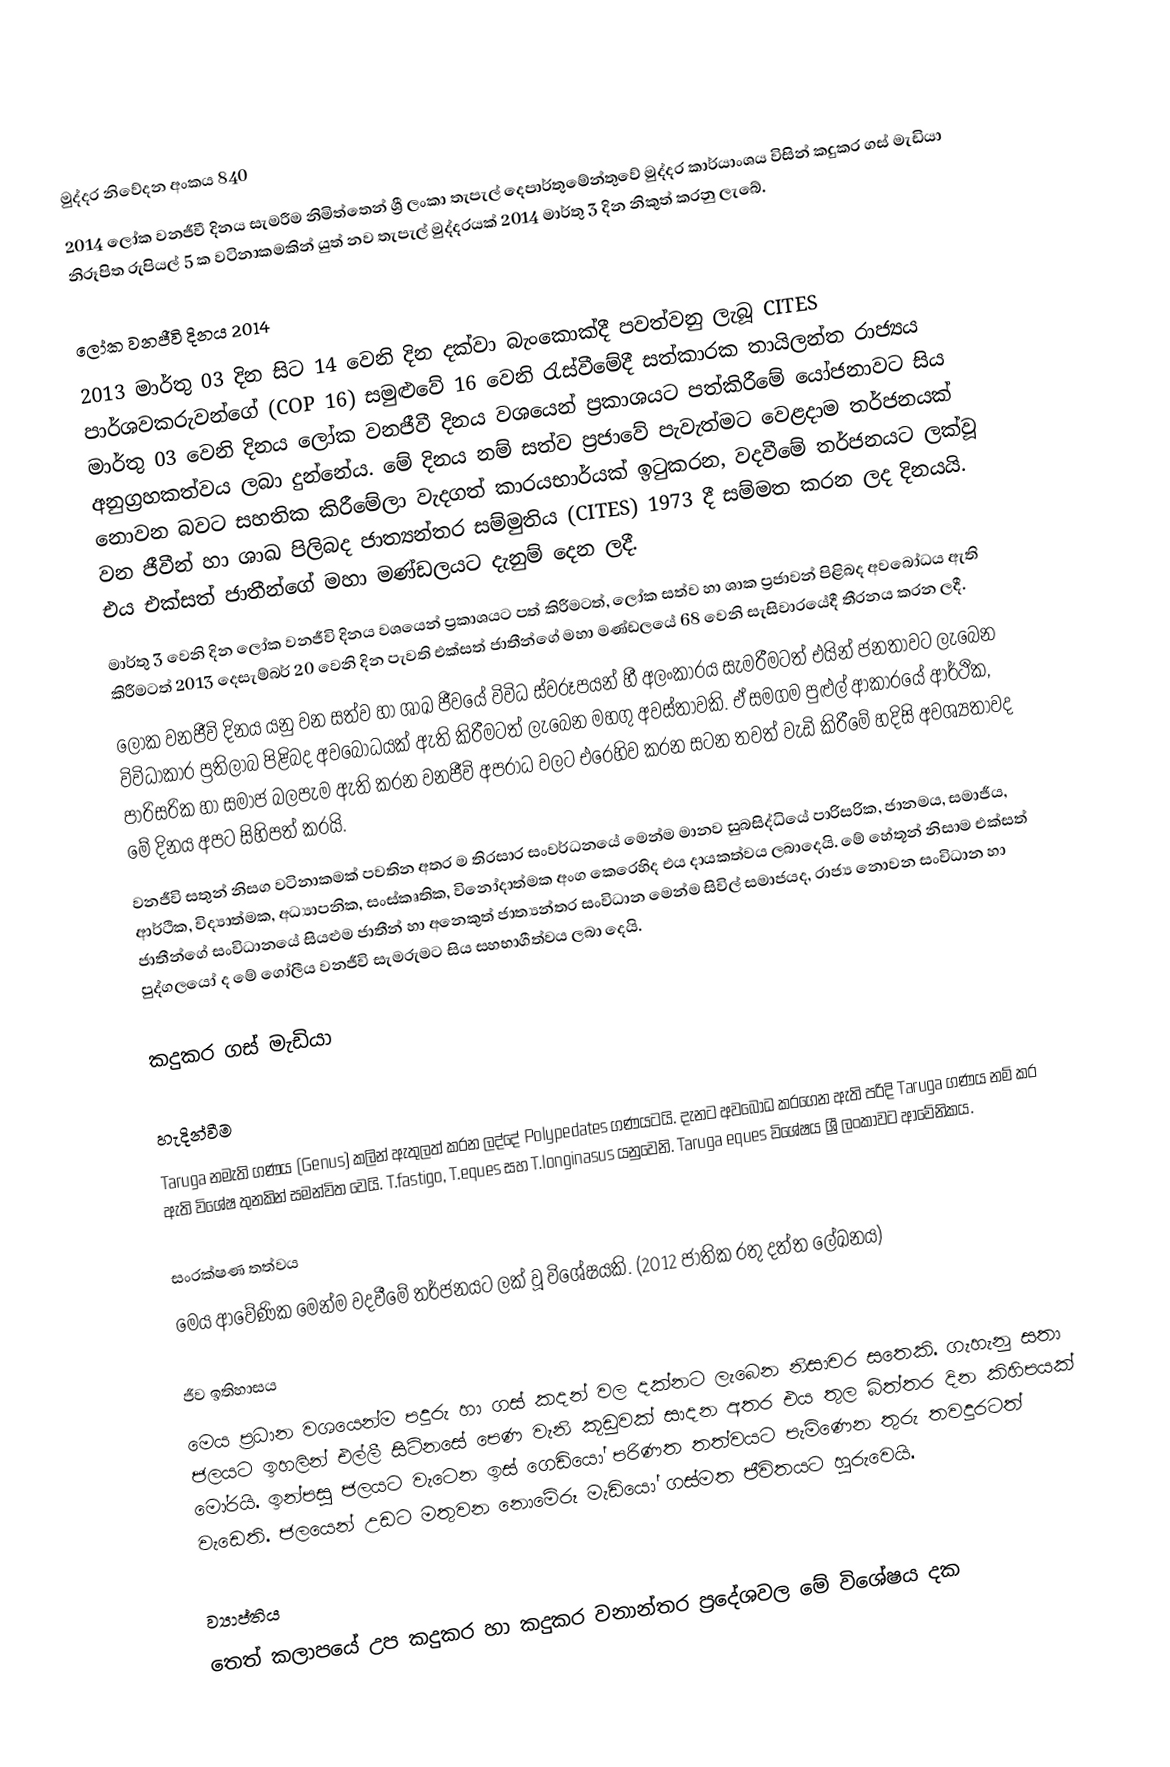

මුද්දර නිවේදන අංකය 840
2014 ලෝක වනජීවී දිනය සැමරීම නිමිත්තෙන් ශ්‍රී ලංකා තැපැල් දෙපාර්තුමේන්තුවේ මුද්දර කාර්යාංශය විසින් කදුකර ගස් මැඩියා නිරූපිත රුපියල් 5 ක වටිනාකමකින් යුත් නව තැපැල් මුද්දරයක් 2014 මාර්තු 3 දින නිකුත් කරනු ලැබේ.

ලෝක වනජීවි දිනය 2014
2013 මාර්තු 03 දින සිට 14 වෙනි දින දක්වා බැංකොක්දී පවත්වනු ලැබූ CITES පාර්ශවකරුවන්ගේ (COP 16) සමුළුවේ 16 වෙනි රැස්වීමේදී සත්කාරක තායිලන්ත රාජ්‍යය මාර්තු 03 වෙනි දිනය ලෝක වනජීවී දිනය වශයෙන් ප්‍රකාශයට පත්කිරීමේ යෝජනාවට සිය අනුග්‍රහකත්වය ලබා දුන්නේය. මේ දිනය නම් සත්ව ප්‍රජාවේ පැවැත්මට වෙළදාම තර්ජනයක් නොවන බවට සහතික කිරීමේලා වැදගත් කාරයභාර්යක් ඉටුකරන, වදවීමේ තර්ජනයට ලක්වූ වන ජීවීන් හා ශාඛ පිලිබද ජාත්‍යන්තර සම්මුතිය (CITES) 1973 දී සම්මත කරන ලද දිනයයි. එය එක්සත් ජාතීන්ගේ මහා මණ්ඩලයට දැනුම් දෙන ලදී.
මාර්තු 3 වෙනි දින ලෝක වනජීවි දිනය වශයෙන් ප්‍රකාශයට පත් කිරීමටත්, ලෝක සත්ව හා ශාක ප්‍රජාවන් පිළිබද අවබෝධය ඇති කිරීමටත් 2013 දෙසැම්බර් 20 වෙනි දින පැවති එක්සත් ජාතීන්ගේ මහා මණ්ඩලයේ 68 වෙනි සැසිවාරයේදී තීරනය කරන ලදී.
ලෝක වනජීවි දිනය යනු වන සත්ව හා ශාඛ ජීවයේ විවිධ ස්වරූපයන් හී අලංකාරය සැමරීමටත් එයින් ජනතාවට ලැබෙන විවිධාකාර ප්‍රතිලාබ පිළිබද අවබෝධයක් ඇති කිරීමටත් ලැබෙන මහගු අවස්තාවකි. ඒ සමගම පුළුල් ආකාරයේ ආර්ථික, පාරිසරික හා සමාජ බලපැම ඇති කරන වනජීවි අපරාධ වලට එරෙහිව කරන සටන තවත් වැඩි කිරීමේ හදිසි අවශ්‍යතාවද මේ දිනය අපට සිහිපත් කරයි.
වනජීවි සතුන් නිසග වටිනාකමක් පවතින අතර ම තිරසාර සංවර්ධනයේ මෙන්ම මානව සුබසිද්ධියේ පාරිසරික, ජානමය, සමාජීය, ආර්ථික, විද්‍යාත්මක, අධ්‍යාපනික, සංස්කෘතික, විනෝදාත්මක අංග කෙරෙහිද එය දායකත්වය ලබාදෙයි. මේ හේතූන් නිසාම එක්සත් ජාතීන්ගේ සංවිධානයේ සියළුම ජාතීන් හා අනෙකුත් ජාත්‍යන්තර සංවිධාන මෙන්ම සිවිල්  සමාජයද, රාජ්‍ය නොවන සංවිධාන හා පුද්ගලයෝ ද මේ ගෝලීය වනජීවි සැමරුමට සිය සහභාගීත්වය ලබා දෙයි.

කදුකර ගස් මැඩියා

හැදින්වීම
Taruga නමැති ගණය (Genus) කලින් ඇතුලත් කරන ලද්දේ Polypedates ගණයටයි. දැනට අවබෝධ කරගෙන ඇති පරිදි Taruga ගණය නම් කර ඇති විශේෂ තුනකින් සමන්විත වෙයි. T.fastigo, T.eques සහ T.longinasus යනුවෙනි. Taruga eques විශේෂය ශ්‍රී ලංකාවට ආවේනිකය.

සංරක්ෂණ තත්වය
මෙය ආවේණික මෙන්ම වදවීමේ තර්ජනයට ලක් වූ විශේෂයකි. (2012 ජාතික රතු දත්ත ලේඛනය)

ජීව ඉතිහාසය
මෙය ප්‍රධාන වශයෙන්ම පදුරු හා ගස් කදන් වල දක්නට ලැබෙන නිසාචර සතෙකි. ගැහැනු සතා ජලයට ඉහලින් එල්ලී සිටිනසේ පෙණ වැනි කූඩුවක් සාදන අතර එය තුල බිත්තර දින කිහිපයක් මෝරයි. ඉන්පසු ජලයට වැටෙන ඉස් ගෙඩියෝ පරිණත තත්වයට පැමිණෙන තුරු තවදුරටත් වැඩෙති. ජලයෙන් උඩට මතුවන නොමේරූ මැඩියෝ ගස්මත ජීවිතයට හුරුවෙයි.

ව්‍යාප්තිය
තෙත් කලාපයේ උප කදුකර හා කදුකර වනාන්තර ප්‍රදේශවල මේ විශේෂය දක